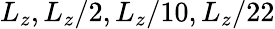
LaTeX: L_{z},L_{z}/2,L_{z}/10,L_{z}/22